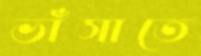
ভাঁসাতে